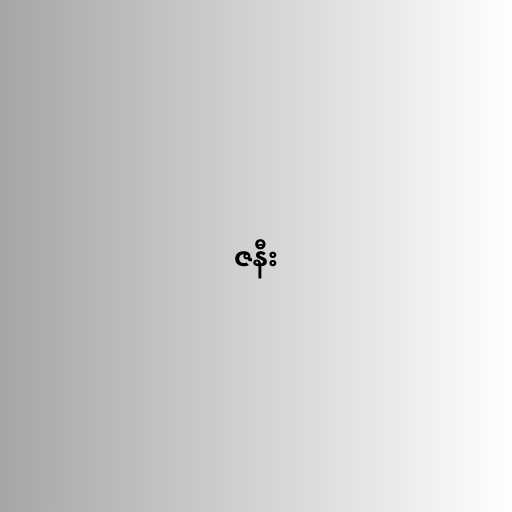
ဇနီး